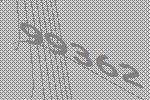
99362